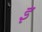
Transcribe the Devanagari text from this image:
इ